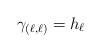
\begin{align*} \gamma_{(\ell,\ell)}= h_{\ell}\end{align*}